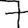
Digit: 7